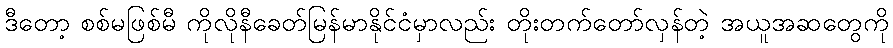
ဒီတော့ စစ်မဖြစ်မီ ကိုလိုနီခေတ်မြန်မာနိုင်ငံမှာလည်း တိုးတက်တော်လှန်တဲ့ အယူအဆတွေကို